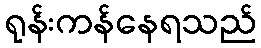
ရုန်းကန်နေရသည်